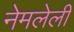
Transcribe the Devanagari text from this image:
नेमलेली